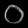
Digit: ၀